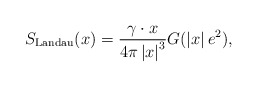
\begin{align*}S_{\rm Landau}(x) = \frac{\gamma\cdot x}{4\pi\left|x\right|^3} G(\left|x\right|e^2),\end{align*}